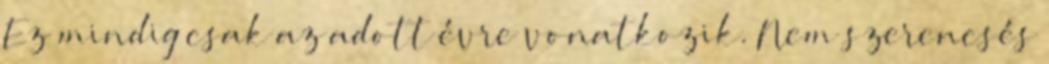
Ez mindig csak az adott évre vonatkozik. Nem szerencsés